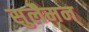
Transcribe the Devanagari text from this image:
सुलैमन्